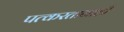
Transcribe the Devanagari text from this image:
पत्करतानाही